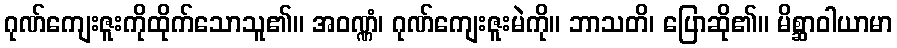
ဂုဏ်ကျေးဇူးကိုထိုက်သောသူ၏။ အဝဏ္ဏံ၊ ဂုဏ်ကျေးဇူးမဲကို။ ဘာသတိ၊ ပြောဆို၏။ မိစ္ဆာဝါယာမာ